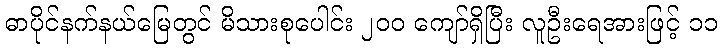
ဓာပိုင်နက်နယ်မြေတွင် မိသားစုပေါင်း ၂၀၀ ကျော်ရှိပြီး လူဦးရေအားဖြင့် ၁၁